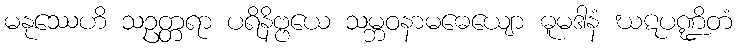
မနုဿေဟိ သဥတ္တရာ ပရိနိဗ္ဗယေ သမ္ဘဝနာမဓေယျော ဓူမဒါနံ ဃဋပဏ္ဍိတံ